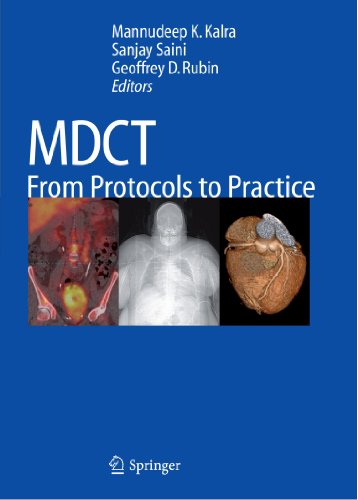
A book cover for MDCT: From Protocols to Practice; Health, Fitness & Dieting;